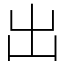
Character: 出